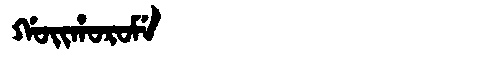
Manchu: ᡤᠣᡳᡥᠣᡵᠣᠮᡝ
Romanization: GOIHOROME